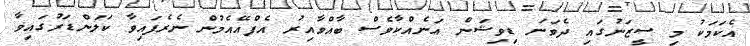
އެކަމަކު މި ސީޒަނުގައި ދެވަނަ ޑިވިޝަން އަނެއްކާވެސް ބާއްވާއިރު އެފްއޭއެމުން ނެރެފައިވާ ކަލަންޑަރުގައިވާ